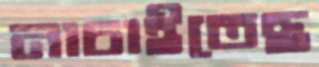
নাচাইতেছ